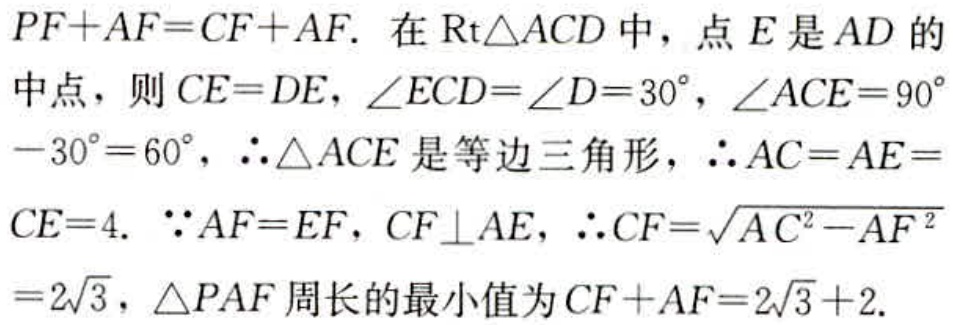
$PF + AF = CF + AF.$ 在 $\text{Rt}\triangle ACD$ 中，点 $E$ 是 $AD$ 的
中点，则 $CE = DE$，$\angle ECD=\angle D = 30^{\circ}$，$\angle ACE = 90^{\circ}$
$-30^{\circ}=60^{\circ}$，$\therefore\triangle ACE$ 是等边三角形，$\therefore AC = AE =$
$CE = 4.$ $\because AF = EF$，$CF\perp AE$，$\therefore CF = \sqrt{AC^{2}-AF^{2}}$
$=2\sqrt{3}$，$\triangle PAF$ 周长的最小值为 $CF + AF = 2\sqrt{3}+2.$